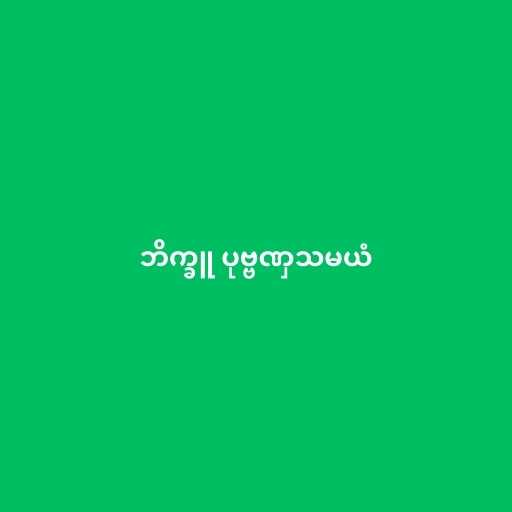
ဘိက္ခူ ပုဗ္ဗဏှသမယံ